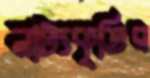
নাট্যকৃতির